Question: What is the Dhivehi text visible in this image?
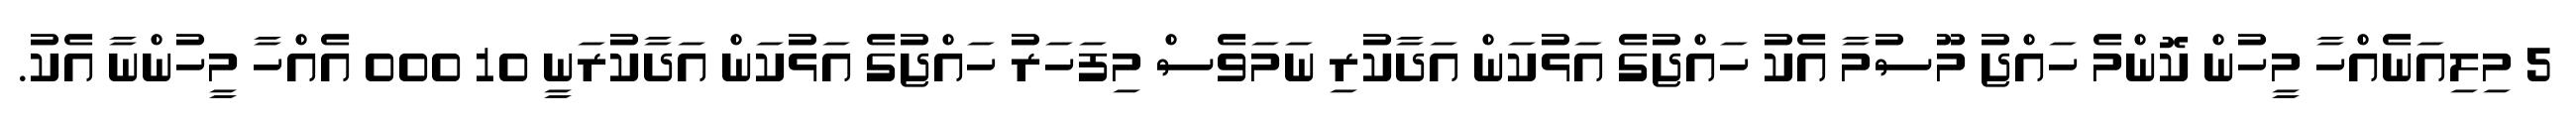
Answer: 5 މިލިއަނެއްހާ މީހުން ކޮންމެ ހައްޖު މޫސުމާ އެކު ހައްޖުގެ އަޅުކަން އަދާކުރި ނަމަވެސް މިފަހަރު ހައްޖުގެ އަޅުކަން އަދާކުރަނީ 10 000 އެއްހާ މީހުންނާ އެކު.